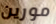
مورين